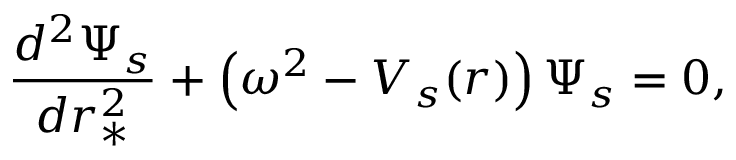
\frac { d ^ { 2 } \Psi _ { s } } { d r _ { * } ^ { 2 } } + \left( \omega ^ { 2 } - V _ { s } ( r ) \right) \Psi _ { s } = 0 ,